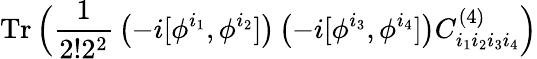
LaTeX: \mathrm{Tr}\, \Big({\frac{1}{2!2^{2}}}\left(-i[\phi^{i_{1}},\phi^{i_{2}}]\right)\left(-i[\phi^{i_{3}},\phi^{i_{4}}]\right)C_{i_{1}i_{2}i_{3}i_{4}}^{(4)}\Big)